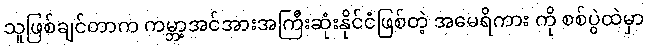
သူဖြစ်ချင်တာက ကမ္ဘာ့အင်အားအကြီးဆုံးနိုင်ငံဖြစ်တဲ့ အမေရိကား ကို စစ်ပွဲထဲမှာ